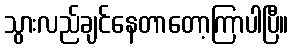
သွားလည်ချင်နေတာတော့ကြာပါပြီ။